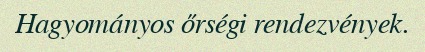
Hagyományos őrségi rendezvények.